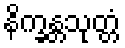
နိက္ခန္တသုတ္တံ